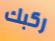
ركبك